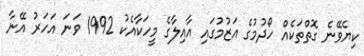
ކިޔެވޭނެ ގޮތްތަކެއް ހޯދުމުގެ އަޒުމުގައި އާއިލާގެ މީހަކާއެކު 1992 ވަނަ އަހަރު އޭނާ